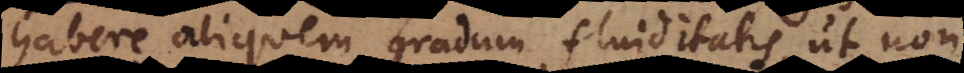
habere aliquem gradum fluiditatis, ut non